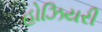
હોઝિયરી